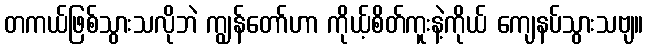
တကယ်ဖြစ်သွားသလိုဘဲ ကျွန်တော်ဟာ ကိုယ့်စိတ်ကူးနဲ့ကိုယ် ကျေနပ်သွားသဗျ။